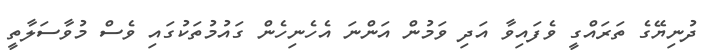
ދުނިޔޭގެ ތަރައްގީ ވެފައިވާ އަދި ވަމުން އަންނަ އެހެނިހެން ގައުމުތަކުގައި ވެސް މުވާސަލާތީ